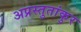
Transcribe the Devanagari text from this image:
अप्रस्तुतांकुर